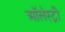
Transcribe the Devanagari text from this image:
ऑलेस्ट्री